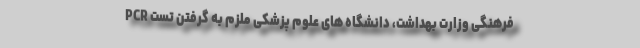
فرهنگی وزارت بهداشت، دانشگاه های علوم پزشکی ملزم به گرفتن تست PCR